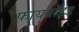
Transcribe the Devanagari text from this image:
फायब्रॉइड